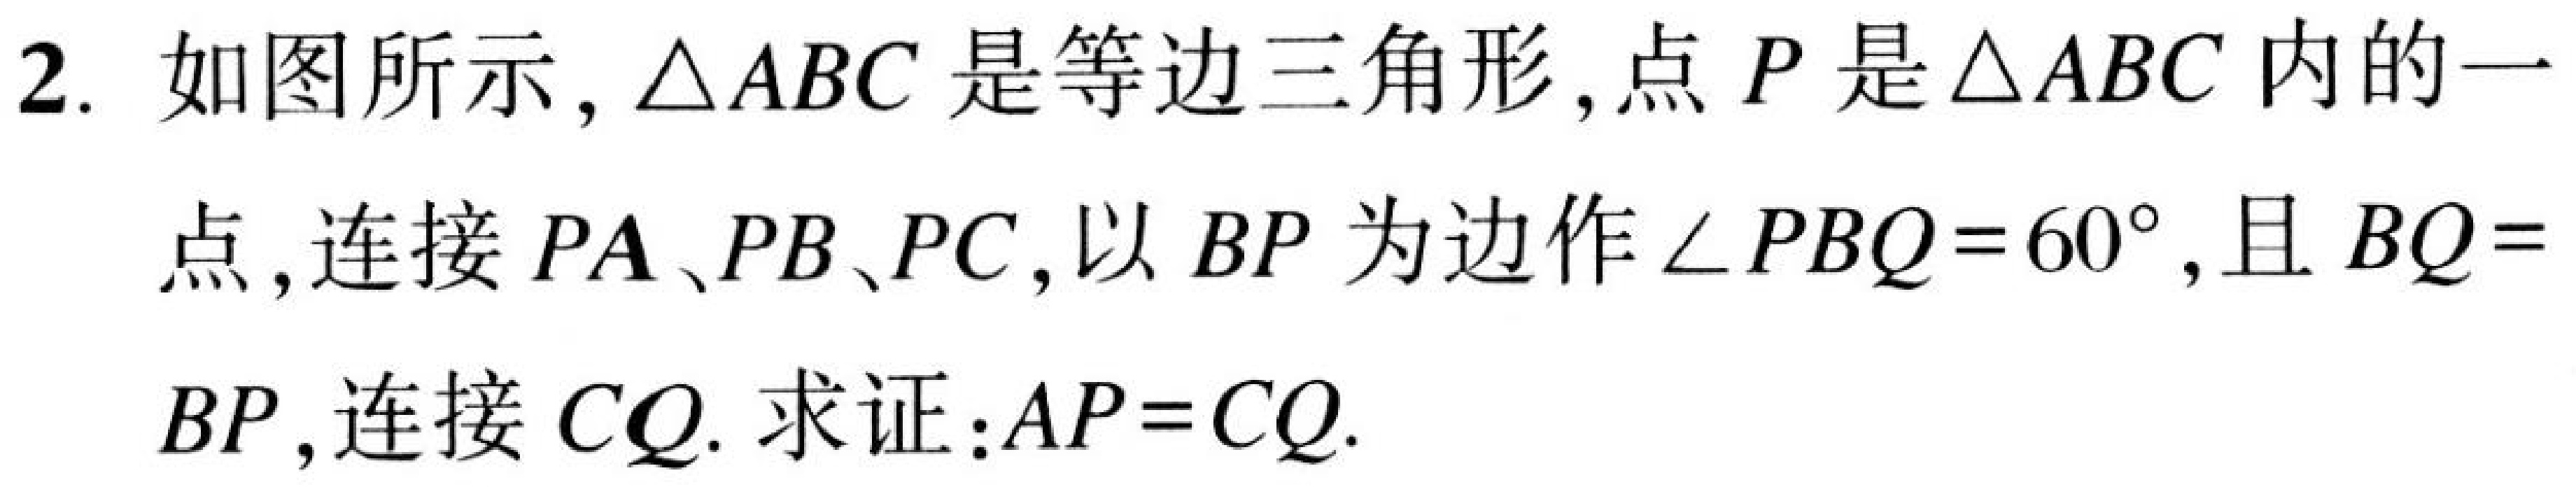
2. 如图所示，\(\triangle ABC\) 是等边三角形，点 \(P\) 是 \(\triangle ABC\) 内的一点，连接 \(PA\)、\(PB\)、\(PC\)，以 \(BP\) 为边作 \(\angle PBQ = 60^{\circ}\)，且 \(BQ = BP\)，连接 \(CQ\). 求证：\(AP = CQ\).